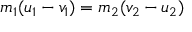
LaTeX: m _ { 1 } ( u _ { 1 } - v _ { 1 } ) = m _ { 2 } ( v _ { 2 } - u _ { 2 } )